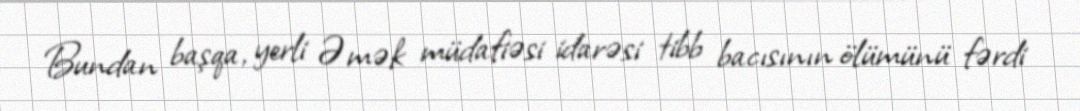
Bundan başqa, yerli Əmək müdafiəsi idarəsi tibb bacısının ölümünü fərdi